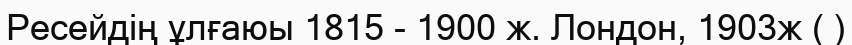
Ресейдің ұлғаюы 1815 - 1900 ж. Лондон, 1903ж ( )